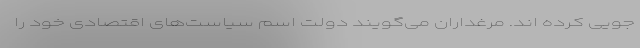
جویی کرده اند. مرغداران می‌گویند دولت اسم سیاست‌های اقتصادی خود را